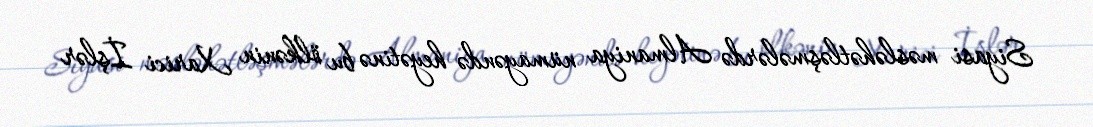
Siyasi məsləhətləşmələrdə Almaniya nümayəndə heyətinə bu ölkənin Xarici İşlər